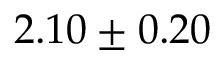
2 . 1 0 \pm 0 . 2 0